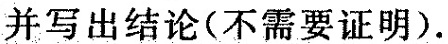
并写出结论(不需要证明)。